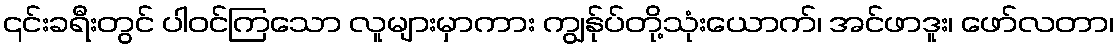
၎င်းခရီးတွင် ပါဝင်ကြသော လူများမှာကား ကျွန်ုပ်တို့သုံးယောက်၊ အင်ဖာဒူး၊ ဖော်လတာ၊